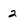
Character: 2